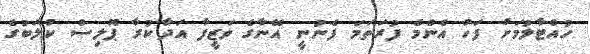
ހުއްޓާލުމަށް ފަހު އެންމެ ފުރަތަމަ ފެނުނީ އޭނާގެ ވަޒީފާ އަދާކުރާ ޕޮލިސް ކުލަބުގެ